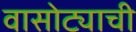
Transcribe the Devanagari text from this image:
वासोट्याची